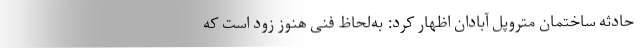
حادثه ساختمان متروپل آبادان اظهار کرد: به‌لحاظ فنی هنوز زود است که